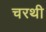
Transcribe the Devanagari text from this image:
चरथी